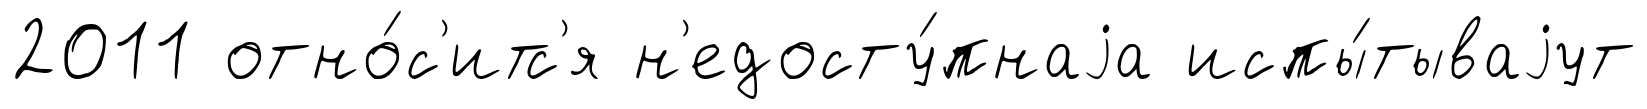
2011 отно́с'итс'я н'едосту́пнаjа испы́тываjут